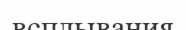
всплывания